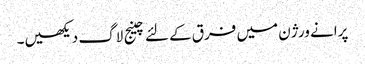
پرانے ورژن میں فرق کے لئے چینج لاگ دیکھیں۔